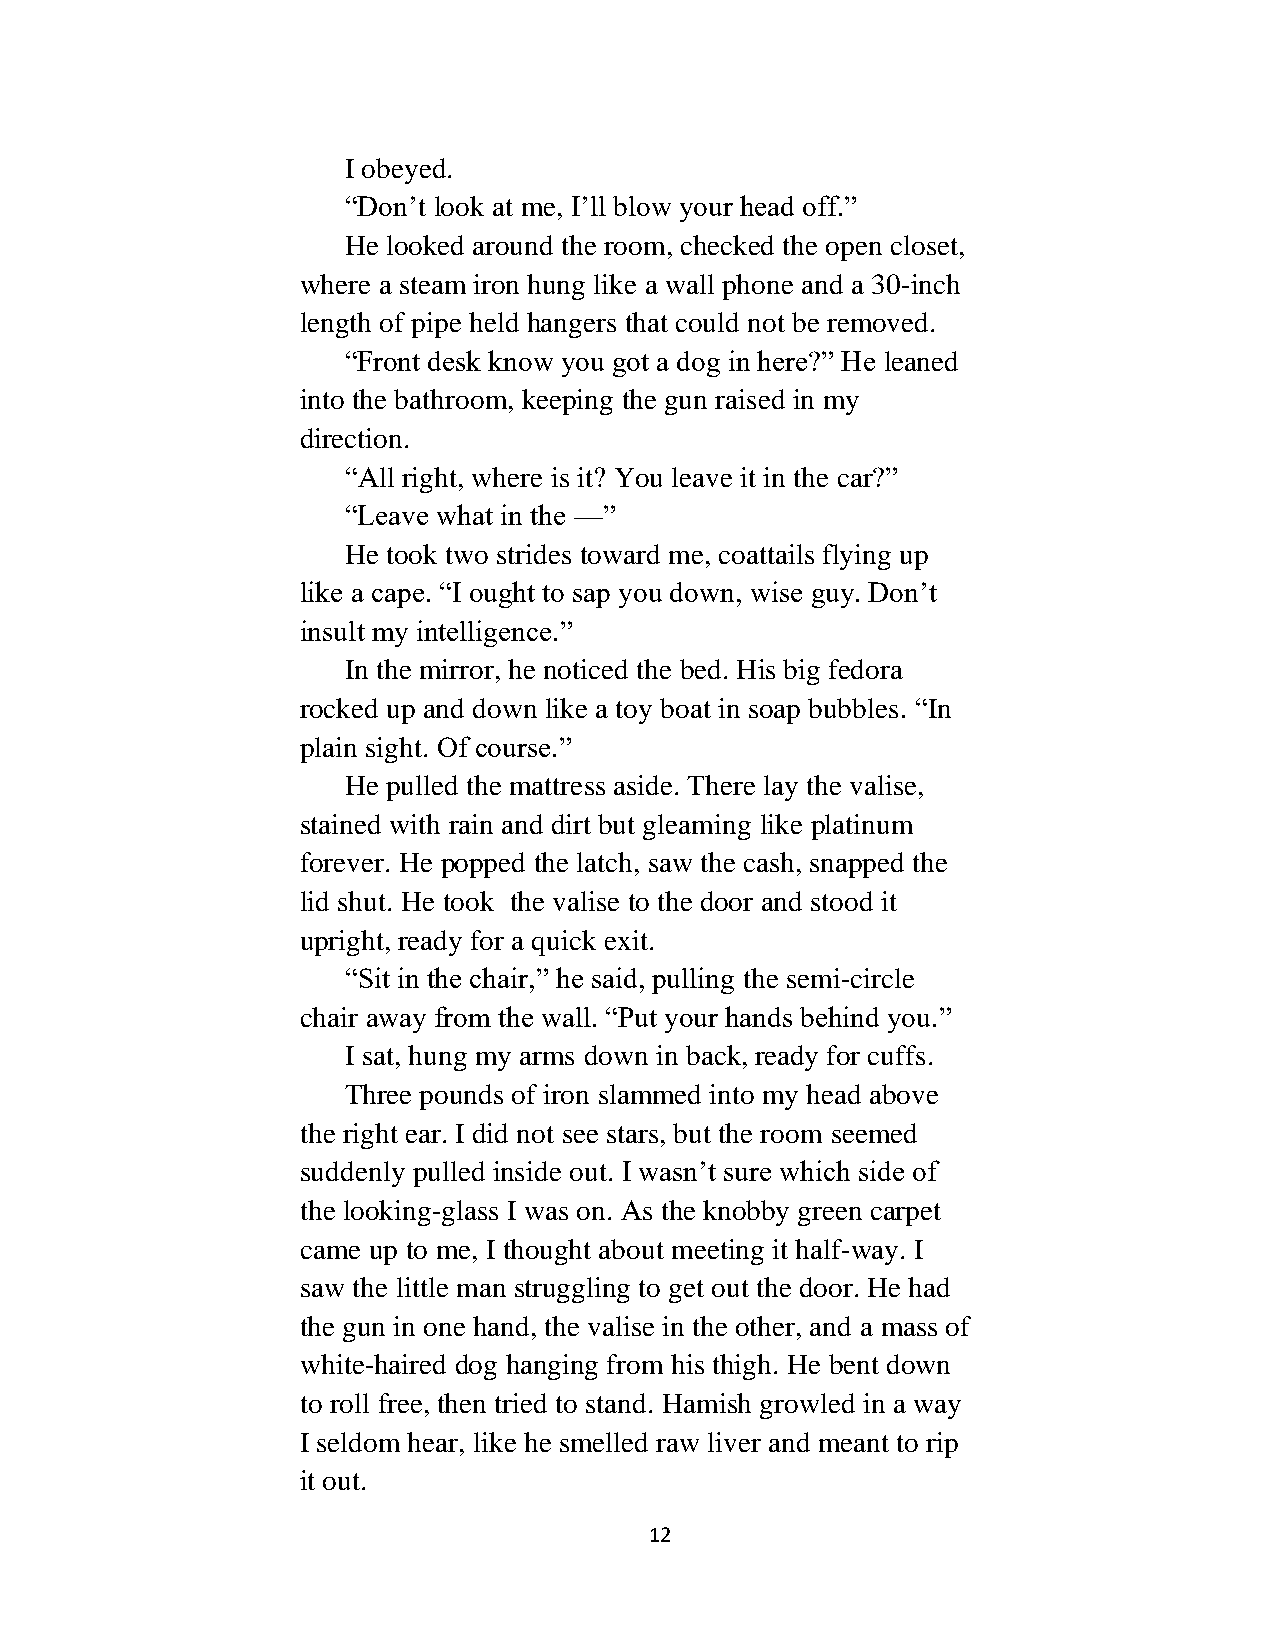
I obeyed.
 “Don’t look at me, I’ll blow your head off.”
 He looked around the room, checked the open closet,
 where a steam iron hung like a wall phone and a 30-inch
 length of pipe held hangers that could not be removed.
 “Front desk know you got a dog in here?” He leaned
 into the bathroom, keeping the gun raised in my
 direction.
 “All right, where is it? You leave it in the car?”
 “Leave what in the —”
 He took two strides toward me, coattails flying up
 like a cape. “I ought to sap you down, wise guy. Don’t
 insult my intelligence.”
 In the mirror, he noticed the bed. His big fedora
 rocked up and down like a toy boat in soap bubbles. “In
 plain sight. Of course.”
 He pulled the mattress aside. There lay the valise,
 stained with rain and dirt but gleaming like platinum
 forever. He popped the latch, saw the cash, snapped the
 lid shut. He took the valise to the door and stood it
 upright, ready for a quick exit.
 “Sit in the chair,” he said, pulling the semi-circle
 chair away from the wall. “Put your hands behind you.”
 I sat, hung my arms down in back, ready for cuffs.
 Three pounds of iron slammed into my head above
 the right ear. I did not see stars, but the room seemed
 suddenly pulled inside out. I wasn’t sure which side of
 the looking-glass I was on. As the knobby green carpet
 came up to me, I thought about meeting it half-way. I
 saw the little man struggling to get out the door. He had
 the gun in one hand, the valise in the other, and a mass of
 white-haired dog hanging from his thigh. He bent down
 to roll free, then tried to stand. Hamish growled in a way
 I seldom hear, like he smelled raw liver and meant to rip
 it out.
 12